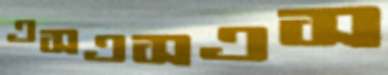
এসএসএস